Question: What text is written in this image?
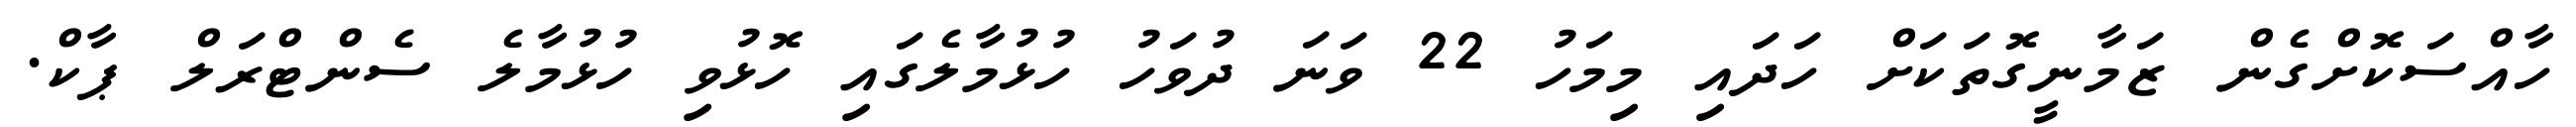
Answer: ހާއްސަކޮށްގެން ޒަމާނީގޮތަކަށް ހަދައި މިމަހު 22 ވަނަ ދުވަހު ހުޅުމާލެގައި ހޮޅުވި ހުޅުމާލެ ސެންޓްރަލް ޕާކް.